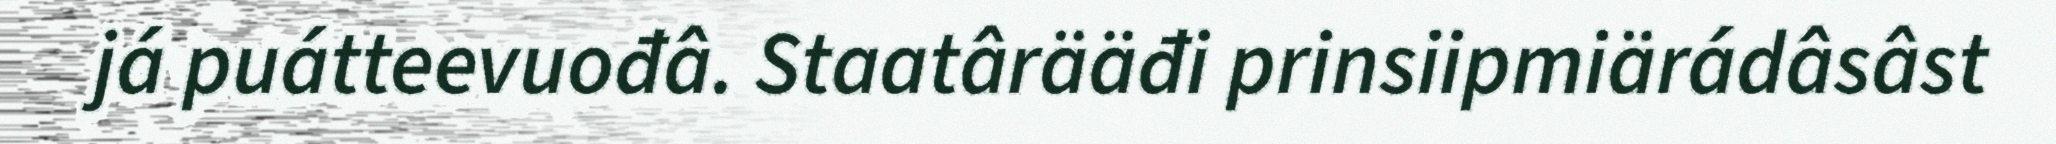
já puátteevuođâ. Staatârääđi prinsiipmiärádâsâst